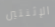
الإثنتين